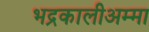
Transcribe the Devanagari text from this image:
भद्रकालीअम्मा